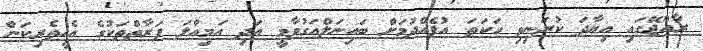
ރާއްޖޭގައި އިޔާދަ ކުރަނިވި ހަކަތަ އުފެއްދުމަށް ބައިނަލްއަގުވާމީ އަދި އަމިއްލަ ފަރާތްތަކުގެ އެހީތެރިކަން